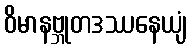
ဝိမာနဗ္ဘုတဒဿနေယျံ